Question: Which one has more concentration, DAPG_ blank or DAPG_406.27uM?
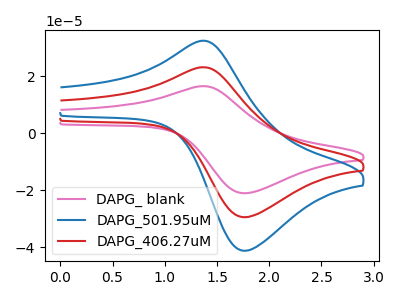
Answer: <think>The pink curve "DAPG_ blank" has an anodic peak at (1.35V, 16.60uA) and a cathodic peak at (1.75V, -21.00uA). The blue curve "DAPG_501.95uM" has an anodic peak at (1.35V, 46.45uA) and a cathodic peak at (1.75V, -58.90uA). The red curve "DAPG_406.27uM" has an anodic peak at (1.35V, 23.20uA) and a cathodic peak at (1.75V, -29.45uA).
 All the peaks in "DAPG_ blank" have a peak in "DAPG_406.27uM" at the same potential. Every peak in "DAPG_ blank" is lower than every peak in "DAPG_406.27uM".</think>
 <answer>"DAPG_ blank" has less signal than "DAPG_406.27uM" and so likely has a lower concentration.</answer>
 <eval>less_concentration</eval>